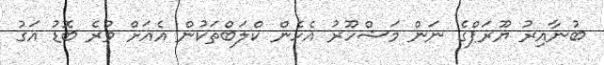
ބުނާއިރު ޔޫރަޕްގެ ނަން މަޝްހޫރު އެހެން ކްލަބްތަކުން އެއަށް ވުރެ ބޮޑު އަގު